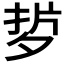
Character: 𭡂